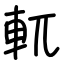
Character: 軏